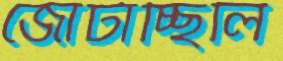
জোটাচ্ছিলি